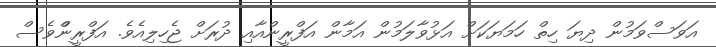
އަވަސްވަމުން ދިޔަ ހިތް ހަމަޔަކަށް އަޅުވާލަމުން އަމާން އަފްރީންއާއި ދުރަށް ޖެހިލިއެވެ. އަފްރީންްވެސް